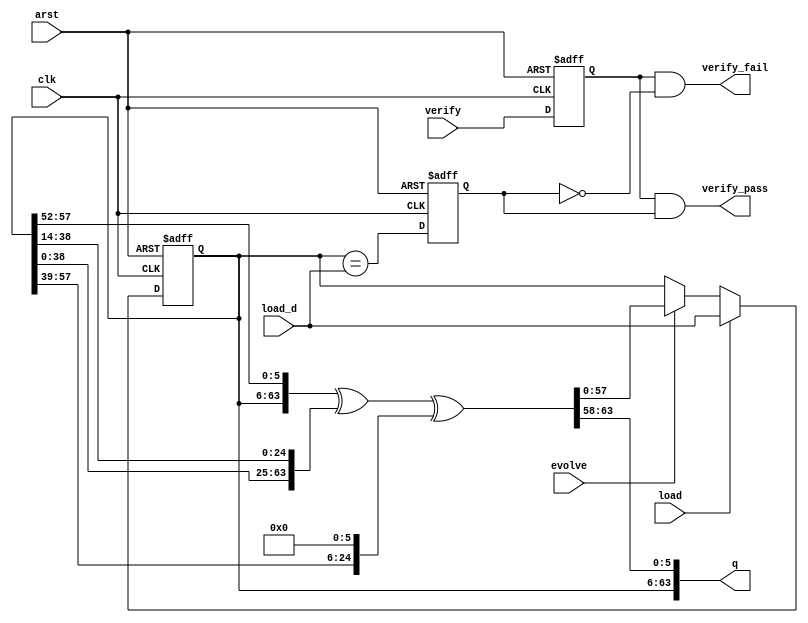
module scrambler_lfsr (
	input clk, arst,
	input verify,		
	input load,
	input [57:0] load_d,
	input evolve,
	output [63:0] q,
	output verify_fail,
	output verify_pass		   
);

// the RESET_VAL must be non-zero and 
// for noise should be unique per TX lane
parameter RESET_VAL = 58'h1234567_89abcdef;

reg [57:0] lfsr;
wire [63:0] next;

assign q = {lfsr[57:0], next[63:58]};

// This is from the Interlaken scrambler sample
// Verilog, regrouped to words.
assign next = {lfsr,lfsr[57:52]} ^ 
			{lfsr[38:0],lfsr[38:14]} ^ 
			{39'b0,lfsr[57:39],6'b0};
  
always @(posedge clk or posedge arst) begin
	if(arst) begin
		lfsr <= RESET_VAL; 
	end else begin
		if (load) lfsr <= load_d;
		else if (evolve) lfsr <= next[57:0];
	end
end	

reg last_verify, match;
always @(posedge clk or posedge arst) begin
	if(arst) begin
		last_verify <= 1'b0;
		match <= 1'b0; 
	end
	else begin
		last_verify <= verify;
		match <= (lfsr == load_d);
	end
end

assign verify_fail = last_verify & !match;
assign verify_pass = last_verify & match;

endmodule